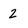
Character: 2